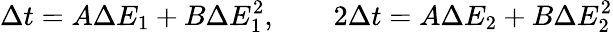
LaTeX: \Delta t=A\Delta E_{1}+B\Delta E_{1}^{2},\qquad 2\Delta t=A\Delta E_{2}+B\Delta E_{2}^{2}